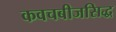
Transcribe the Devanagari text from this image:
कवचबीजसिद्ध